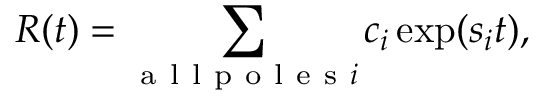
R ( t ) = \sum _ { \mathrm { ~ a ~ l ~ l ~ p ~ o ~ l ~ e ~ s ~ } i } { { { c } _ { i } } \exp ( { { s } _ { i } } t ) } ,